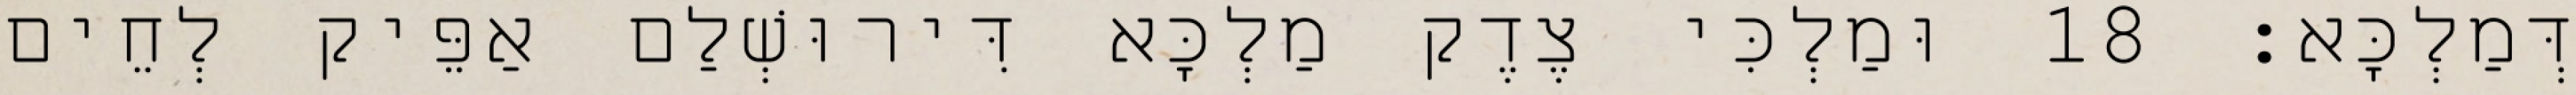
דְּמַלְכָּא׃ 18 וּמַלְכִּי צֶדֶק מַלְכָּא דִּירוּשְׁלַם אַפֵּיק לְחֵים